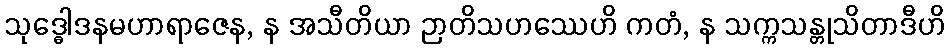
သုဒ္ဓေါဒနမဟာရာဇေန, န အသီတိယာ ဉာတိသဟဿေဟိ ကတံ, န သက္ကသန္တုသိတာဒီဟိ